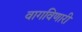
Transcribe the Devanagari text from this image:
वागविणारी